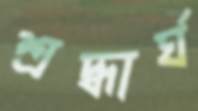
শ্রদ্ধার্ঘ